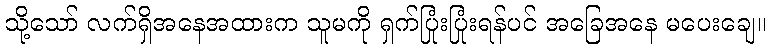
သို့သော် လက်ရှိအနေအထားက သူမကို ရှက်ပြုံးပြုံးရန်ပင် အခြေအနေ မပေးချေ။